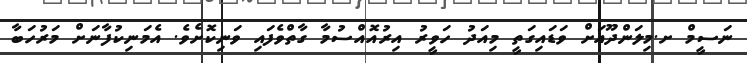
ނަސީމް ށ.މިލަންދޫއަށް ވަޑައިގަތީ މިއަދު ހަވީރު އިރުއޮއްސުމާ ގާތްވެފައި ވަނިކޮށެވެ. އެމަނިކުފާނަށް މަރުހަބާ